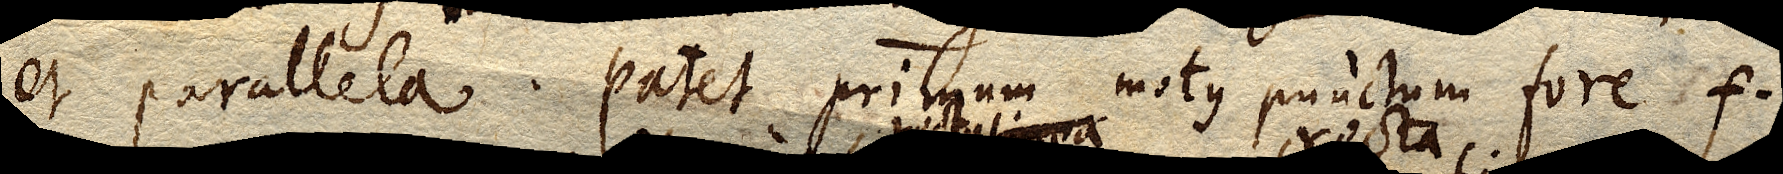
et parallela. Patet primum motus punctum fore f.